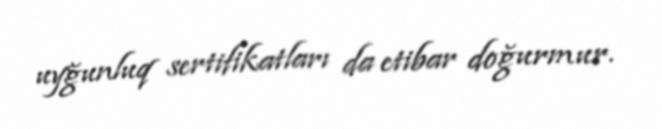
uyğunluq sertifikatları da etibar doğurmur.